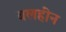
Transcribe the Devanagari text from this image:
बलहींन